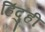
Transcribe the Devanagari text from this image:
हिंदुही